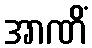
အာဏိံ